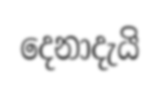
දෙනාදැයි